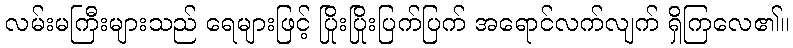
လမ်းမကြီးများသည် ရေများဖြင့် ပြိုးပြိုးပြက်ပြက် အရောင်လက်လျက် ရှိကြလေ၏။